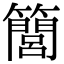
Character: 𥶆